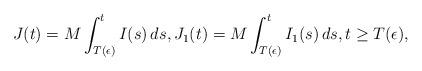
LaTeX: \begin{align*} J(t)=M\int_{T(\epsilon)}^t I(s)\,ds, J_1(t)=M\int_{T(\epsilon)}^t I_1(s)\,ds, t\geq T(\epsilon),\end{align*}